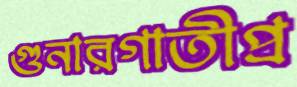
গুনারগাতীপ্র